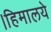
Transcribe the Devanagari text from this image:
।हिमालये